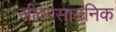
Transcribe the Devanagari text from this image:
जीवरसायनिक